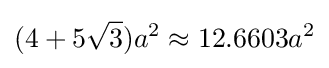
(4+5{\sqrt {3}})a^{2}\approx 12.6603a^{2}